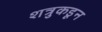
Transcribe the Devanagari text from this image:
शत्रुकडून